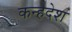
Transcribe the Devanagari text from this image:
कन्हदेश